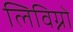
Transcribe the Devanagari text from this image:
लिविग्नो